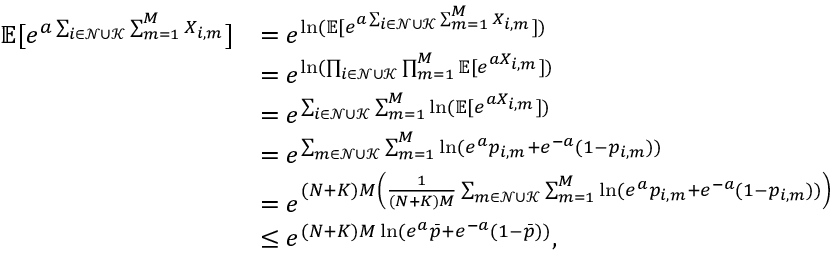
\begin{array} { r l } { \mathbb { E } [ e ^ { a \sum _ { i \in \mathcal { N } \cup \mathcal { K } } \sum _ { m = 1 } ^ { M } X _ { i , m } } ] } & { = e ^ { \ln ( \mathbb { E } [ e ^ { a \sum _ { i \in \mathcal { N } \cup \mathcal { K } } \sum _ { m = 1 } ^ { M } X _ { i , m } } ] ) } } \\ & { = e ^ { \ln ( \prod _ { i \in \mathcal { N } \cup \mathcal { K } } \prod _ { m = 1 } ^ { M } \mathbb { E } [ e ^ { a X _ { i , m } } ] ) } } \\ & { = e ^ { \sum _ { i \in \mathcal { N } \cup \mathcal { K } } \sum _ { m = 1 } ^ { M } \ln ( \mathbb { E } [ e ^ { a X _ { i , m } } ] ) } } \\ & { = e ^ { \sum _ { m \in \mathcal { N } \cup \mathcal { K } } \sum _ { m = 1 } ^ { M } \ln ( e ^ { a } p _ { i , m } + e ^ { - a } ( 1 - p _ { i , m } ) ) } } \\ & { = e ^ { ( N + K ) M \left( \frac { 1 } { ( N + K ) M } \sum _ { m \in \mathcal { N } \cup \mathcal { K } } \sum _ { m = 1 } ^ { M } \ln ( e ^ { a } p _ { i , m } + e ^ { - a } ( 1 - p _ { i , m } ) ) \right) } } \\ & { \leq e ^ { ( N + K ) M \ln ( e ^ { a } \Bar { p } + e ^ { - a } ( 1 - \Bar { p } ) ) } , } \end{array}